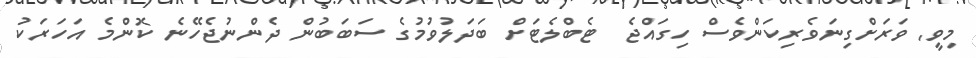
މިވީ